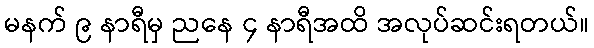
မနက် ၉ နာရီမှ ညနေ ၄ နာရီအထိ အလုပ်ဆင်းရတယ်။